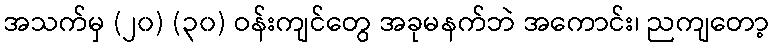
အသက်မှ (၂၀) (၃၀) ဝန်းကျင်တွေ အခုမနက်ဘဲ အကောင်း၊ ညကျတော့